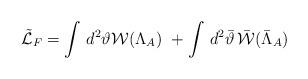
LaTeX: \begin{align*}\tilde{\cal L}_{F}=\int\,d^{2}{\vartheta} {\cal W}(\Lambda_{A}) \, \, + \int\, d^{2}\bar{{\vartheta}}\, \bar{{\cal W}}(\bar{\Lambda}_{A})\end{align*}